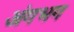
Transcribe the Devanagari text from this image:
अंगभग